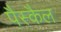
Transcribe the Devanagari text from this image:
पैस्कैल